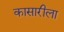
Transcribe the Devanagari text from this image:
कासारीला